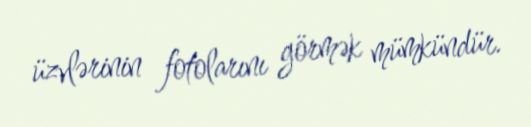
üzvlərinin fotolarını görmək mümkündür.